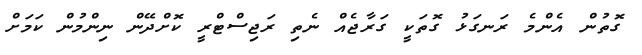
ގޮތުން އެންމެ ރަނގަޅު ގޮތަކީ ގަރާޖެއް ނެތި ރަޖިސްޓްރީ ކޮށްދޭން ނިންމުން ކަމަށް